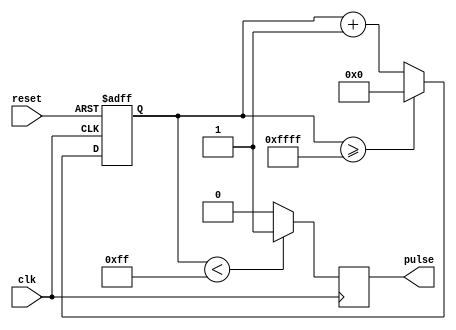
module SimplePulseGenerator(
    input wire clk,
    input wire reset,
    output wire pulse
);

reg [15:0] count;

// Timing control block
reg [7:0] pulseWidth = 8'b11111111; // Set default pulse width
reg [15:0] period = 16'b1111111111111111; // Set default period

always @(posedge clk or posedge reset) begin
    if (reset) begin
        count <= 16'b0; // Reset count to 0
    end else begin
        if (count >= period) begin
            count <= 16'b0; // Reset count to 0
        end else begin
            count <= count + 1; // Increment count
        end
    end
end

// Synchronization block
always @(posedge clk) begin
    if (count < pulseWidth) begin
        pulse <= 1'b1; // Generate pulse
    end else begin
        pulse <= 1'b0; // Reset pulse
    end
end

endmodule